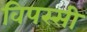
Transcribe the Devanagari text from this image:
विपस्सी